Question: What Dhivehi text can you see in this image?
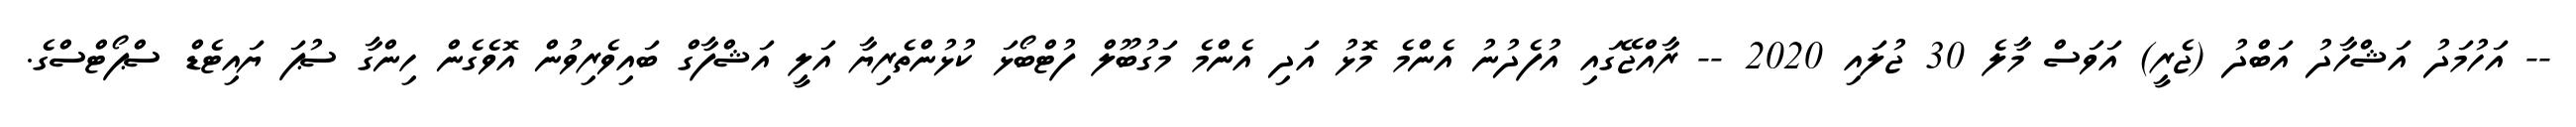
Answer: -- އަހުމަދު އަޝްހާދު އަބްދު (ޖެރީ) އަވަސް މާލެ 30 ޖުލައި 2020 -- ރާއްޖޭގައި އުފެދުނު އެންމެ މޮޅު އަދި އެންމެ މަގުބޫލް ފުޓްބޯޅަ ކުޅުންތެރިޔާ އަލީ އަޝްފާގް ބައިވެރިވުން އޮވެގެން ހިންގާ ސުޕަ ޔައިޓެޑް ސްޕޯޓްސްގެ.